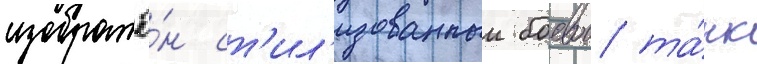
изображё́н ст'ил'изованныи боевои та́нк